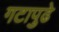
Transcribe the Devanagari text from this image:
गटापुढे